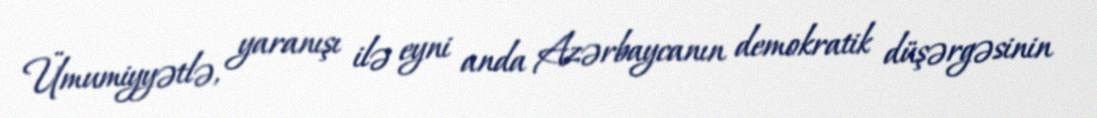
Ümumiyyətlə, yaranışı ilə eyni anda Azərbaycanın demokratik düşərgəsinin